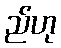
ည်ဟု